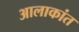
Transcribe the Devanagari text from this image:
आलाकांत